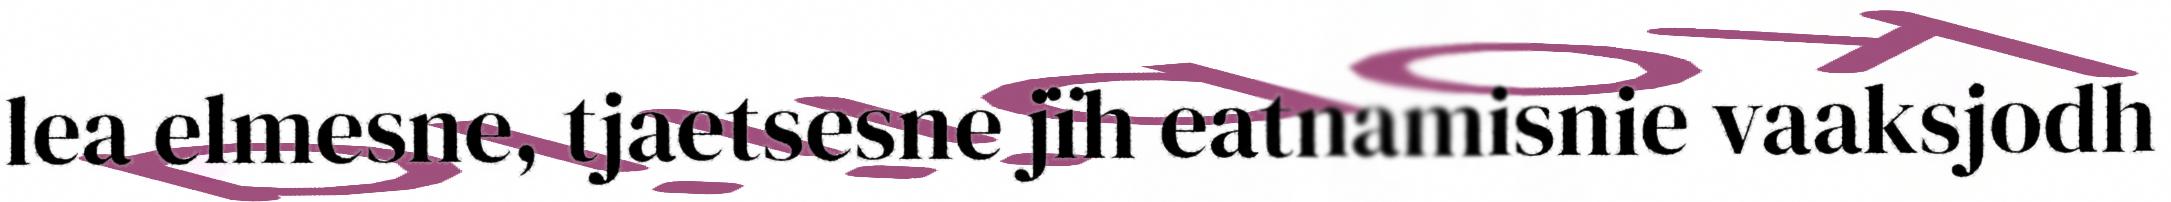
lea elmesne, tjaetsesne jïh eatnamisnie vaaksjodh